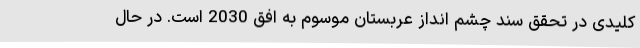
کلیدی در تحقق سند چشم انداز عربستان موسوم به افق 2030 است. در حال